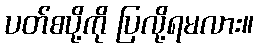
ပတ်စပို့ကို ပြလို့ရမလား။